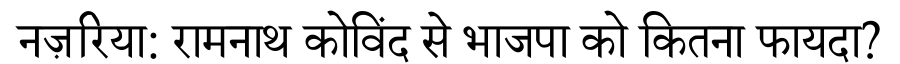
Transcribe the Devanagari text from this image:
नज़रिया: रामनाथ कोविंद से भाजपा को कितना फायदा?